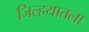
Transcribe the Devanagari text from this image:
जिल्हयातला